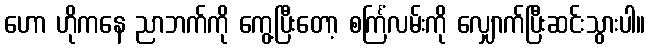
ဟော ဟိုကနေ ညာဘက်ကို ကွေ့ပြီးတော့ စင်္ကြံလမ်းကို လျှောက်ပြီးဆင်းသွားပါ။